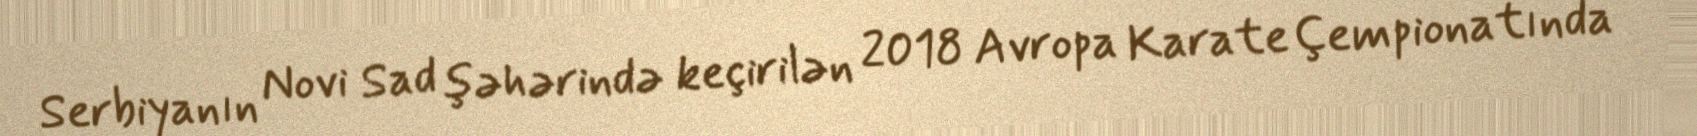
Serbiyanın Novi Sad şəhərində keçirilən 2018 Avropa Karate Çempionatında